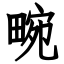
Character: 畹